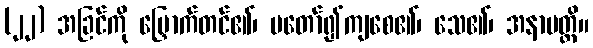
(၂၂) အခြင်ကို မြှောက်တင်၏၊ မတော်၍ကျစေ၏၊ သေ၏၊ အနာပတ္တိ။